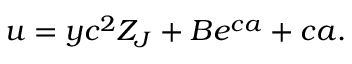
u = y c ^ { 2 } Z _ { J } + B e ^ { c a } + c a .